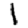
Digit: 1